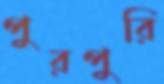
পুরপুরি